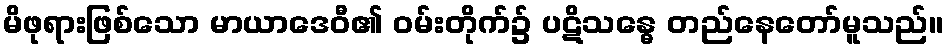
မိဖုရားဖြစ်သော မာယာဒေဝီ၏ ဝမ်းတိုက်၌ ပဋိသန္ဓေ တည်နေတော်မူသည်။